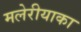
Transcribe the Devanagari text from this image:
मलेरीयाका